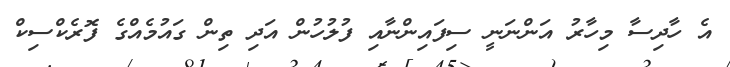
އެ ހާދިސާ މިހާރު އަންނަނީ ސިފައިންނާއި ފުލުހުން އަދި ތިން ގައުމެއްގެ ފޮރެކްސިކް